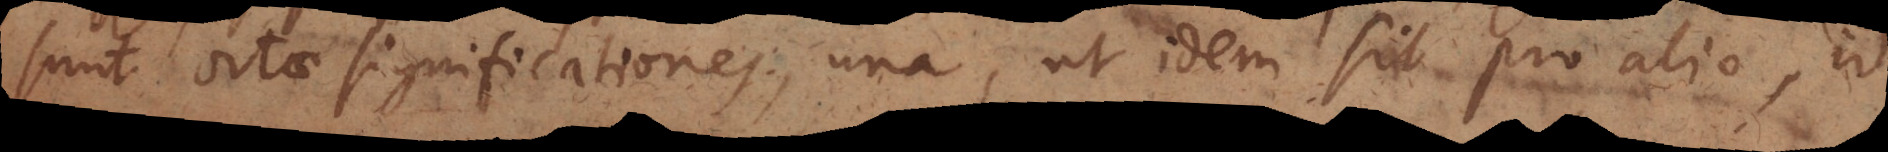
sunt ortae significationes, una, ut idem sit pro alio, id